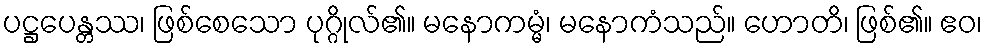
ပဋ္ဌပေန္တဿ၊ ဖြစ်စေသော ပုဂ္ဂိုလ်၏။ မနောကမ္မံ၊ မနောကံသည်။ ဟောတိ၊ ဖြစ်၏။ ဧဝ၊